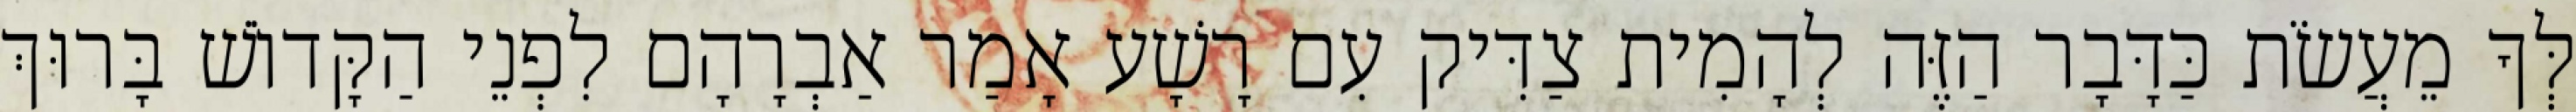
לְּךָ מֵעֲשֹׂת כַּדָּבָר הַזֶּה לְהָמִית צַדִּיק עִם רָשָׁע אָמַר אַבְרָהָם לִפְנֵי הַקָּדוֹשׁ בָּרוּךְ